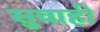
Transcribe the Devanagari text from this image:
सुवाही